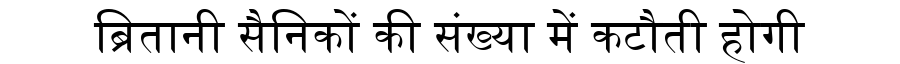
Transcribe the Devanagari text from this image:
ब्रितानी सैनिकों की संख्या में कटौती होगी